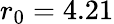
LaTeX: r_{0}=4.21